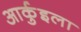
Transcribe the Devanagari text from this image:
आर्कुइला